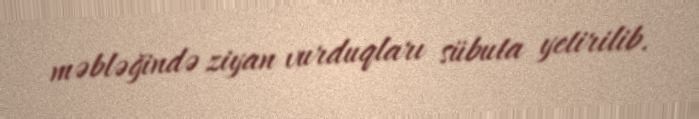
məbləğində ziyan vurduqları sübuta yetirilib.